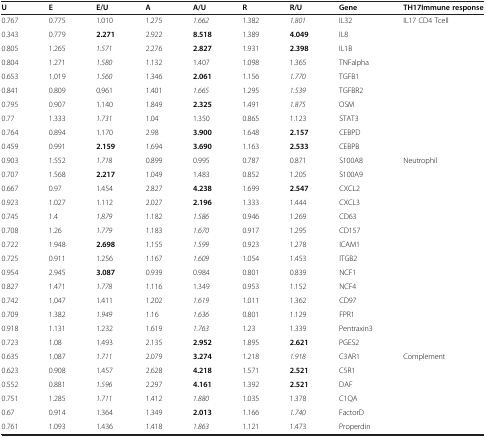
<table><thead><tr><td><b>U</b></td><td><b>E</b></td><td><b>E/U</b></td><td><b>A</b></td><td><b>A/U</b></td><td><b>R</b></td><td><b>R/U</b></td><td><b>Gene</b></td><td><b>TH17Immune response</b></td></tr></thead><tbody><tr><td>0.767</td><td>0.775</td><td>1.010</td><td>1.275</td><td><i>1.662</i></td><td>1.382</td><td><i>1.801</i></td><td>IL32</td><td>IL17 CD4 Tcell</td></tr><tr><td>0.343</td><td>0.779</td><td><b>2.271</b></td><td>2.922</td><td><b>8.518</b></td><td>1.389</td><td><b>4.049</b></td><td>IL8</td><td> </td></tr><tr><td>0.805</td><td>1.265</td><td><i>1.571</i></td><td>2.276</td><td><b>2.827</b></td><td>1.931</td><td><b>2.398</b></td><td>IL1B</td><td> </td></tr><tr><td>0.804</td><td>1.271</td><td><i>1.580</i></td><td>1.132</td><td>1.407</td><td>1.098</td><td>1.365</td><td>TNFalpha</td><td> </td></tr><tr><td>0.653</td><td>1.019</td><td><i>1.560</i></td><td>1.346</td><td><b>2.061</b></td><td>1.156</td><td><i>1.770</i></td><td>TGFB1</td><td> </td></tr><tr><td>0.841</td><td>0.809</td><td>0.961</td><td>1.401</td><td><i>1.665</i></td><td>1.295</td><td><i>1.539</i></td><td>TGFBR2</td><td> </td></tr><tr><td>0.795</td><td>0.907</td><td>1.140</td><td>1.849</td><td><b>2.325</b></td><td>1.491</td><td><i>1.875</i></td><td>OSM</td><td> </td></tr><tr><td>0.77</td><td>1.333</td><td><i>1.731</i></td><td>1.04</td><td>1.350</td><td>0.865</td><td>1.123</td><td>STAT3</td><td> </td></tr><tr><td>0.764</td><td>0.894</td><td>1.170</td><td>2.98</td><td><b>3.900</b></td><td>1.648</td><td><b>2.157</b></td><td>CEBPD</td><td> </td></tr><tr><td>0.459</td><td>0.991</td><td><b>2.159</b></td><td>1.694</td><td><b>3.690</b></td><td>1.163</td><td><b>2.533</b></td><td>CEBPB</td><td> </td></tr><tr><td>0.903</td><td>1.552</td><td><i>1.718</i></td><td>0.899</td><td>0.995</td><td>0.787</td><td>0.871</td><td>S100A8</td><td>Neutrophil</td></tr><tr><td>0.707</td><td>1.568</td><td><b>2.217</b></td><td>1.049</td><td>1.483</td><td>0.852</td><td>1.205</td><td>S100A9</td><td> </td></tr><tr><td>0.667</td><td>0.97</td><td>1.454</td><td>2.827</td><td><b>4.238</b></td><td>1.699</td><td><b>2.547</b></td><td>CXCL2</td><td> </td></tr><tr><td>0.923</td><td>1.027</td><td>1.112</td><td>2.027</td><td><b>2.196</b></td><td>1.333</td><td>1.444</td><td>CXCL3</td><td> </td></tr><tr><td>0.745</td><td>1.4</td><td><i>1.879</i></td><td>1.182</td><td><i>1.586</i></td><td>0.946</td><td>1.269</td><td>CD63</td><td> </td></tr><tr><td>0.708</td><td>1.26</td><td><i>1.779</i></td><td>1.183</td><td><i>1.670</i></td><td>0.917</td><td>1.295</td><td>CD157</td><td> </td></tr><tr><td>0.722</td><td>1.948</td><td><b>2.698</b></td><td>1.155</td><td><i>1.599</i></td><td>0.923</td><td>1.278</td><td>ICAM1</td><td> </td></tr><tr><td>0.725</td><td>0.911</td><td>1.256</td><td>1.167</td><td><i>1.609</i></td><td>1.054</td><td>1.453</td><td>ITGB2</td><td> </td></tr><tr><td>0.954</td><td>2.945</td><td><b>3.087</b></td><td>0.939</td><td>0.984</td><td>0.801</td><td>0.839</td><td>NCF1</td><td> </td></tr><tr><td>0.827</td><td>1.471</td><td><i>1.778</i></td><td>1.116</td><td>1.349</td><td>0.953</td><td>1.152</td><td>NCF4</td><td> </td></tr><tr><td>0.742</td><td>1.047</td><td>1.411</td><td>1.202</td><td><i>1.619</i></td><td>1.011</td><td>1.362</td><td>CD97</td><td> </td></tr><tr><td>0.709</td><td>1.382</td><td><i>1.949</i></td><td>1.16</td><td><i>1.636</i></td><td>0.801</td><td>1.129</td><td>FPR1</td><td> </td></tr><tr><td>0.918</td><td>1.131</td><td>1.232</td><td>1.619</td><td><i>1.763</i></td><td>1.23</td><td>1.339</td><td>Pentraxin3</td><td> </td></tr><tr><td>0.723</td><td>1.08</td><td>1.493</td><td>2.135</td><td><b>2.952</b></td><td>1.895</td><td><b>2.621</b></td><td>PGES2</td><td> </td></tr><tr><td>0.635</td><td>1.087</td><td><i>1.711</i></td><td>2.079</td><td><b>3.274</b></td><td>1.218</td><td><i>1.918</i></td><td>C3AR1</td><td>Complement</td></tr><tr><td>0.623</td><td>0.908</td><td>1.457</td><td>2.628</td><td><b>4.218</b></td><td>1.571</td><td><b>2.521</b></td><td>C5R1</td><td> </td></tr><tr><td>0.552</td><td>0.881</td><td><i>1.596</i></td><td>2.297</td><td><b>4.161</b></td><td>1.392</td><td><b>2.521</b></td><td>DAF</td><td> </td></tr><tr><td>0.751</td><td>1.285</td><td><i>1.711</i></td><td>1.412</td><td><i>1.880</i></td><td>1.035</td><td>1.378</td><td>C1QA</td><td> </td></tr><tr><td>0.67</td><td>0.914</td><td>1.364</td><td>1.349</td><td><b>2.013</b></td><td>1.166</td><td><i>1.740</i></td><td>FactorD</td><td> </td></tr><tr><td>0.761</td><td>1.093</td><td>1.436</td><td>1.418</td><td><i>1.863</i></td><td>1.121</td><td>1.473</td><td>Properdin</td><td> </td></tr></tbody></table>